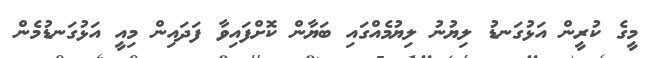
މީގެ ކުރީން އަޅުގަނޑު ލިޔުނު ލިޔުމެއްގައި ބަޔާން ކޮށްފައިވާ ފަދައިން މިއީ އަޅުގަނޑުމެން